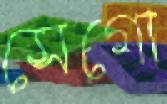
সেগো